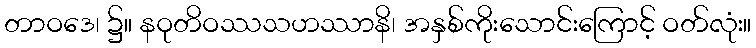
တာဝဒေ၊ ၌။ နဝုတိဝဿသဟဿာနိ၊ အနှစ်ကိုးသောင်းကြောင့် ဝတ်လုံး။